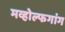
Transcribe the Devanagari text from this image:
मव्होल्फगांग